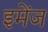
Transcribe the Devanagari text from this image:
इमेंज